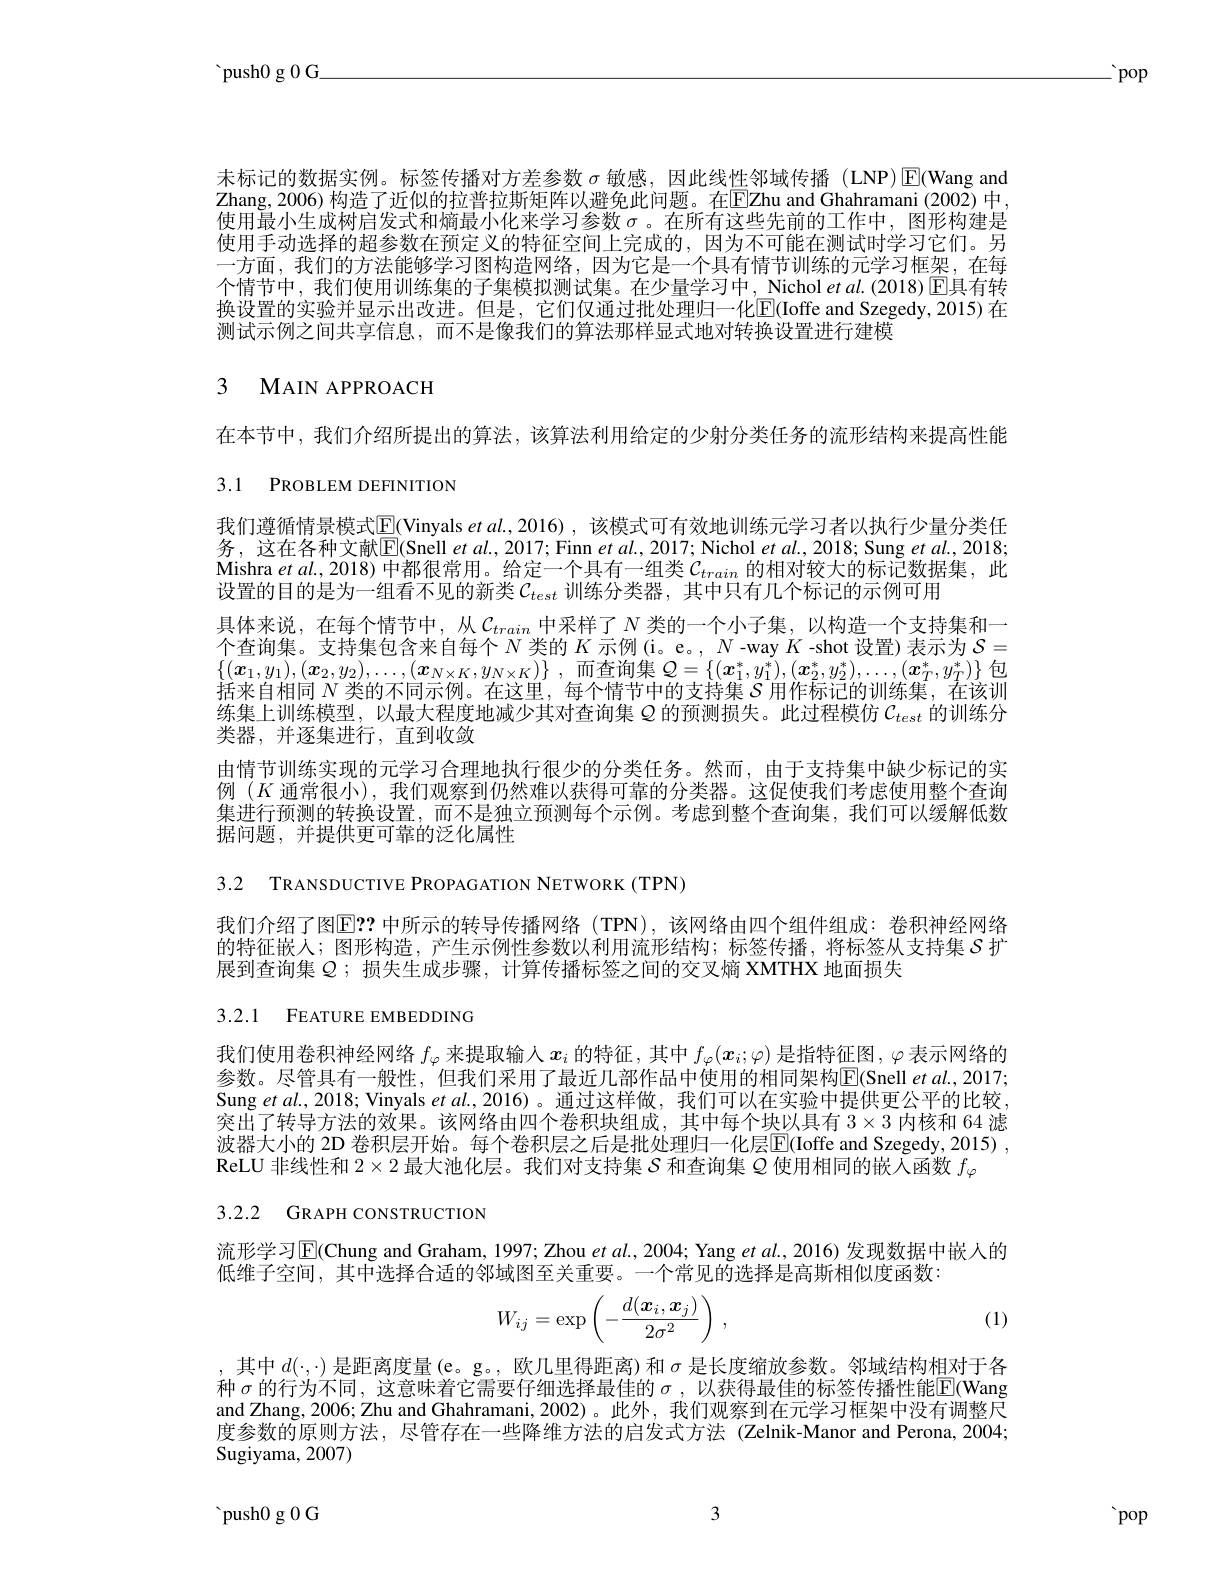
${\mathrm{~push0~g~0~G}}$

$\therefore$pop

未标记的数据实例。标签传播对方差参数$\sigma$敏感，因此线性邻域传播 (LNP)$\operatorname{E}$(Wang and Zhang, 2006) 构造了近似的拉普拉斯矩阵以避免此问题。在$\overline{\mathrm{E}}$Zhu and Ghahramani (2002) 中. 使用最小生成树启发式和熵最小化来学习参数$\sigma$ 。在所有这些先前的工作中，图形构建是使用手动选择的超参数在预定义的特征空间上完成的，因为不可能在测试时学习它们。另一方面，我们的方法能够学习图构造网络，因为它是一个具有情节训练的元学习框架，在每个情节中，我们使用训练集的子集模拟测试集。在少量学习中，Nichol et al.(2018)$\operatorname{E}$具有转换设置的实验并显示出改进。但是，它们仅通过批处理归一化$\boxed{\mathrm{E}}($Ioffe and Szegedy,2015)在测试示例之间共享信息，而不是像我们的算法那样显式地对转换设置进行建模

# 3 MAIN APPROACH

在本节中，我们介绍所提出的算法，该算法利用给定的少射分类任务的流形结构来提高性能

# 3.1 PROBLEM DEFINITION

我们遵循情景模式$\boxed{\mathrm{F}}($Vinyals $etal.,2016)$, 该模式可有效地训练元学习者以执行少量分类任务，这在各种文献$\mathbb{E}($Snell $etal.,2017;$Finn $etal.,2017;$ Nichol $etal.,2018;$ Sung $etal.,2018;$ Mishra $etal.,2018)$ 中都很常用。给定一个具有一组类$\mathcal{C}_train$ 的相对较大的标记数据集，此设置的目的是为一组看不见的新类$\mathcal{C}_{test}$ 训练分类器，其中只有几个标记的示例可用
具体来说，在每个情节中，从$\mathcal{C}_{train}$中采样了$N$类的一个小子集，以构造一个支持集和一个查询集。支持集包含来自每个$N$类的$K$示例(i。e。, $N$ -way $K$ -shot 设置)表示为$S=$ $\{ ( \boldsymbol{x}_1, y_1) , ( \boldsymbol{x}_2, y_2) , \ldots , ( \boldsymbol{x}_{N\times K}, y_{N\times K}) \}$ ,而查询集 $\mathcal{Q}=\{(\boldsymbol{x}_1^*,y_1^*),(\boldsymbol{x}_2^*,y_2^*),\ldots,(\boldsymbol{x}_T^*,y_T^*)\}$ 包括来自相同$N$类的不同示例。在这里，每个情节中的支持集$S$用作标记的训练集，在该训练集上训练模型，以最大程度地减少其对查询集$Q$的预测损失。此过程模仿$\mathcal{C}_test$的训练分类器，并逐集进行，直到收敛
由情节训练实现的元学习合理地执行很少的分类任务。然而，由于支持集中缺少标记的实例$(K$通常很小),我们观察到仍然难以获得可靠的分类器。这促使我们考虑使用整个查询集进行预测的转换设置，而不是独立预测每个示例。考虑到整个查询集，我们可以缓解低数据问题，并提供更可靠的泛化属性

3.2 TRANSDUCTIVE PROPAGATION NETWORK (TPN)

我们介绍了图E？? 中所示的转导传播网络(TPN),该网络由四个组件组成：卷积神经网络的特征嵌人；图形构造，产生示例性参数以利用流形结构；标签传播，将标签从支持集$\mathcal{S}$扩展到查询集$Q;$损失生成步骤，计算传播标签之间的交叉熵 XMTHX 地面损失

# 3.2.1 FEATURE EMBEDDING

我们使用卷积神经网络$f_\varphi$来提取输人$x_i$的特征，其中$f_\varphi(x_i;\varphi)$是指特征图，$\varphi$表示网络的参数。尽管具有一般性，但我们采用了最近几部作品中使用的相同架构$\boxed{\mathrm{E}}(\operatorname{Snell}etal.,2017;$ Sung $etal.,2018;$ Vinyals $etal.,2016)$。通过这样做，我们可以在实验中提供更公平的比较突出了转导方法的效果。该网络由四个卷积块组成，其中每个块以具有$3\times3$内核和 64 滤波器大小的 2D 卷积层开始。每个卷积层之后是批处理归一化层$\boxed{\mathrm{E}}($Ioffe and Szegedy, 2015) , ReLU 非线性和$2\times2$最大池化层。我们对支持集$S$和查询集$\mathcal{Q}$使用相同的嵌人函数$f_\varphi$

3.2.2 GRAPH CONSTRUCTION

流形学习$\overline{\mathbb{E}}$(Chung and Graham, 1997; Zhou et al., 2004; Yang et al., 2016) 发现数据中嵌人的
低维子空间，其中选择合适的邻域图至关重要。一个常见的选择是高斯相似度函数：
$$W_{ij}=\exp\left(-\frac{d(\boldsymbol{x}_i,\boldsymbol{x}_j)}{2\sigma^2}\right)\:,$$
(1)

其中$d(\cdot,\cdot)$是距离度量 (e。g。, 欧几里得距离) 和$\sigma$是长度缩放参数。邻域结构相对于各种$\sigma$的行为不同，这意味着它需要仔细选择最佳的$\sigma$,以获得最佳的标签传播性能$\Gamma($Wang and Zhang, 2006; Zhu and Ghahramani, 2002)。此外，我们观察到在元学习框架中没有调整尺度参数的原则方法，尽管存在一些降维方法的启发式方法 (Zelnik-Manor and Perona, 2004; Sugiyama, 2007)

3

 push0 g 0 G

pop